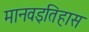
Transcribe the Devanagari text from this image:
मानवइतिहास